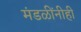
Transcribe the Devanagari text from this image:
मंडळींनीही